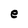
Character: e